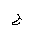
Letter: _gim